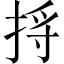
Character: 捋